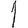
Digit: 1